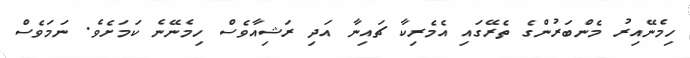
ހިމެނޭއިރު މެންބަރުންގެ ތެރޭގައި އެމެރިކާ ޗައިނާ އަދި ރަޝިއާވެސް ހިމެނޭނެ ކަމަށެވެ. ނަމަވެސް